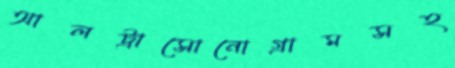
আলট্রাসোনোগ্রামসহ